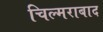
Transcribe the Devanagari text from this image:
चिल्मराबाद